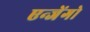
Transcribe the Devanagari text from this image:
एन्जेंगो